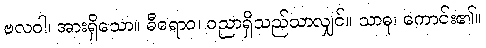
ဗလဝါ၊ အားရှိသော။ ဓီရောဝ၊ ပညာရှိသည်သာလျှင်။ သာဓု၊ ကောင်း၏။